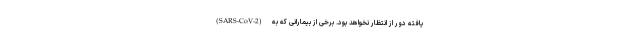
یافته دور از انتظار نخواهد بود. برخی از بیمارانی که به (SARS-CoV-2)